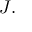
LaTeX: { \boldsymbol { J } } .